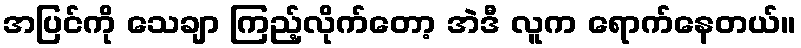
အပြင်ကို သေချာ ကြည့်လိုက်တော့ အဲဒီ လူက ရောက်နေတယ်။